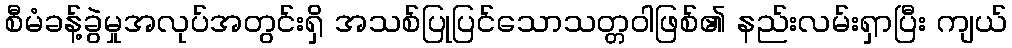
စီမံခန့်ခွဲမှုအလုပ်အတွင်းရှိ အသစ်ပြုပြင်သောသတ္တဝါဖြစ်၏ နည်းလမ်းရှာပြီး ကျယ်